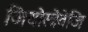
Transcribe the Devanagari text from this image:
जियोस्त्रेतेजि